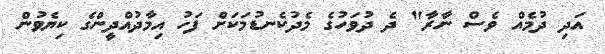
އަދި ދުމެއް ވެސް ނާރާ" ދެ ދުވަހުގެ މެދުކެނޑުމަކަށް ފަހު އިމާދުއްދީންގެ ކިޔެވުން